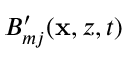
B _ { m j } ^ { \prime } ( \mathbf { x } , z , t )